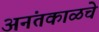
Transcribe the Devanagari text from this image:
अनंतकाळचे